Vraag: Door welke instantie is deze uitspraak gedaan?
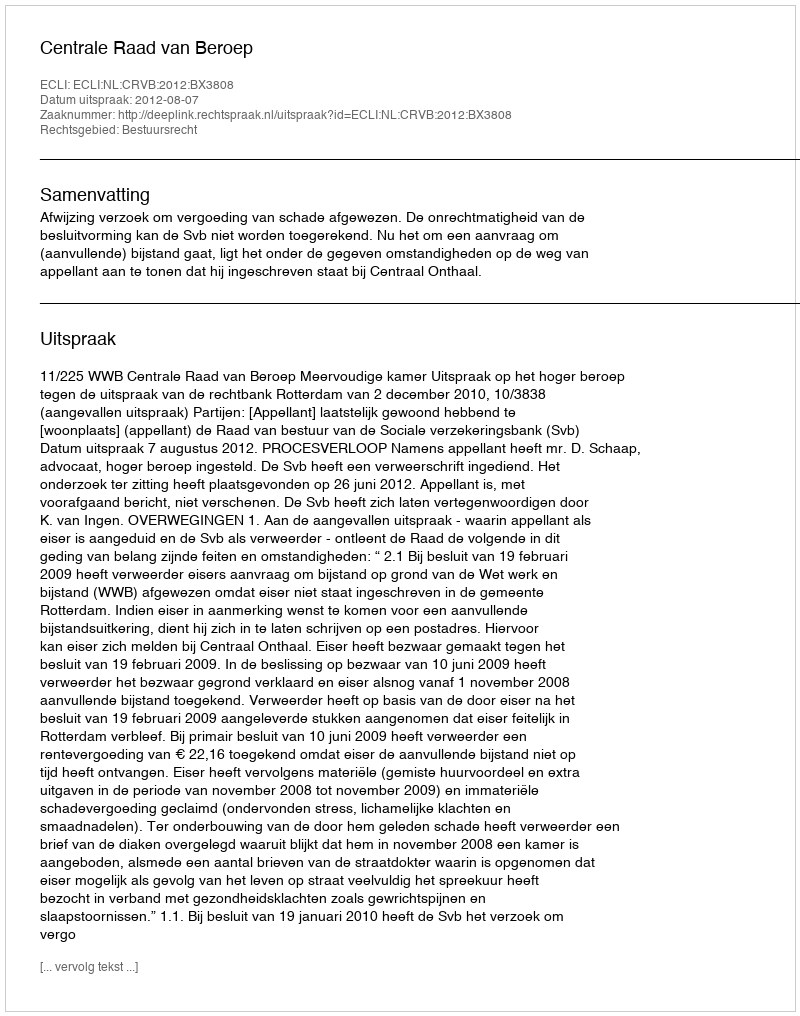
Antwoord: Centrale Raad van Beroep